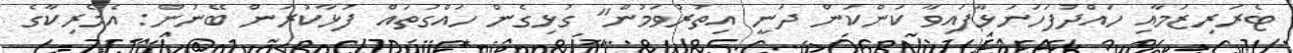
ޓެރަރިޒަމާއި ހައްދުފަހަނަޅާފައިވާ ކަންކަން ދަނީ އިތުރުވަމުން" ގުޅިގެން ހައްގުތައް ފުޅާކުރަން ބޭނުން: އެމެރިކާގެ